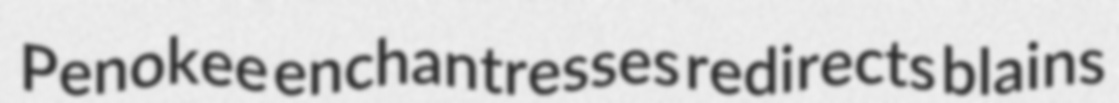
Penokee enchantresses redirects blains